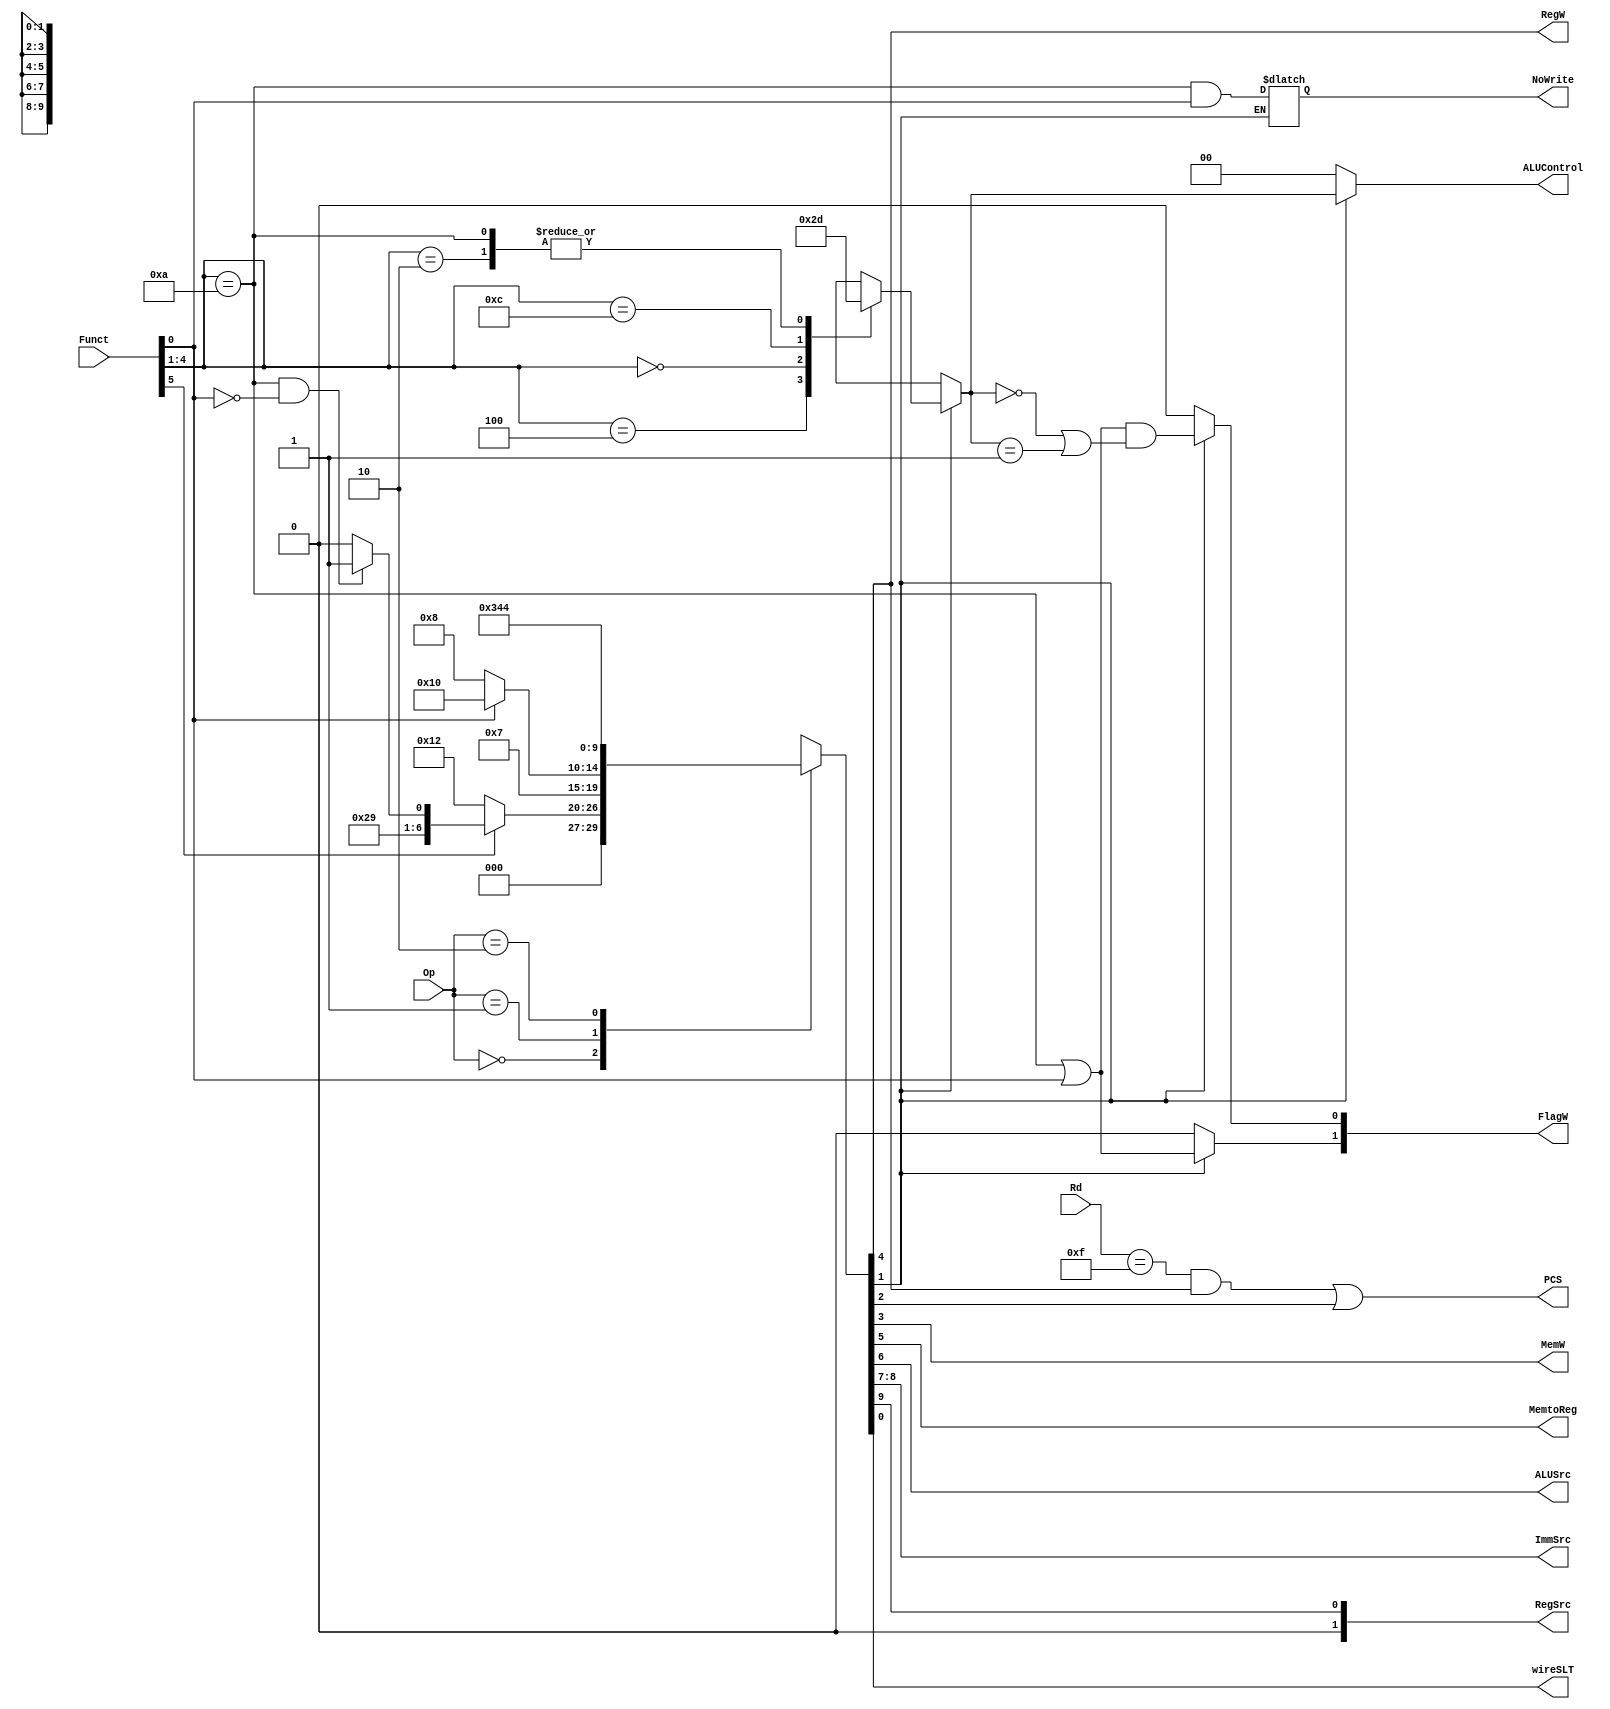
module decode (
	Op,
	Funct,
	Rd,
	FlagW,
	PCS,
	RegW,
	MemW,
	MemtoReg,
	ALUSrc,
	ImmSrc,
	RegSrc,
	ALUControl,
	NoWrite,
	wireSLT
);
	input wire [1:0] Op;
	input wire [5:0] Funct;
	input wire [3:0] Rd;
	output reg [1:0] FlagW;
	output wire PCS;
	output wire RegW;
	output wire MemW;
	output wire MemtoReg;
	output wire ALUSrc;
	output wire [1:0] ImmSrc;
	output wire [1:0] RegSrc;
	output reg [1:0] ALUControl;
	output reg NoWrite;
	reg [9:0] controls;
	wire Branch;
	wire ALUOp;
	output wire wireSLT; //Cambio

	always @(*)
		casex (Op)
			2'b00:
				if (Funct[5])
					if (Funct[4:1] == 4'b1010 & Funct[0] == 1'b0) //cmd debe ser CMP y bit-S debe ser 0
						controls = 11'b00001010011;
					else
						controls = 11'b00001010010;
				else
					controls = 11'b00000010010;
			2'b01:
				if (Funct[0])
					controls = 11'b00011110000;
				else
					controls = 11'b10011101000;
			2'b10: controls = 11'b01101000100;
			//if (10) branch normal
			// controls = 10'b0110100010;
			//else if (10) branch nuevo (blez)
			// controls = 10
			//Branch = 1   Funct[5] Funct[4]
			default: controls = 11'bxxxxxxxxxxx;
		endcase
	assign {RegSrc, ImmSrc, ALUSrc, MemtoReg, RegW, MemW, Branch, ALUOp, wireSLT} = controls; //agregar wireSLT
	always @(*)
		if (ALUOp) begin
			case (Funct[4:1])
				4'b0100: 
					ALUControl = 2'b00; //ADD
				4'b0010:  
					ALUControl = 2'b01; //SUB
				4'b0000:  
					ALUControl = 2'b10; //AND
				4'b1100: 
					ALUControl = 2'b11; //ORR
				4'b1010: 
					ALUControl = 2'b01; //CMP
				default: 
					ALUControl = 2'bxx;
			endcase
			FlagW[1] = ((Funct[4:1] == 4'b1010) | Funct[0]); //Cambio
			FlagW[0] = ( (Funct[4:1] == 4'b1010) | Funct[0]) & ((ALUControl == 2'b00) | (ALUControl == 2'b01));
			NoWrite = (Funct[4:1] == 4'b1010) & Funct[0];
			//wireCMP = (Funct[4:1] == 4'b1010) & Funct[0]; cambiar
		end
		else begin
			ALUControl = 2'b00;
			FlagW = 2'b00;
		end
	assign PCS = ((Rd == 4'b1111) & RegW) | Branch;
endmodule